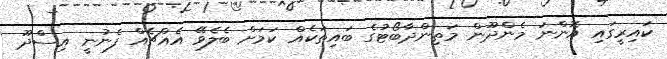
ކައިރީގައި އޮންނަ މެންދޫން މަތިންދާބޯޓުގެ ބައިތަކެއް ކަމަށް ބެލެވޭ އެއްޗެއް ފެނުނީ އިސްދޫ